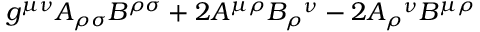
g ^ { \mu \nu } A _ { \rho \sigma } B ^ { \rho \sigma } + 2 A ^ { \mu \rho } B _ { \rho } ^ { \; \; \; \nu } - 2 A _ { \rho } ^ { \; \; \; \nu } B ^ { \mu \rho }